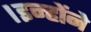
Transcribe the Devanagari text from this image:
।इन्हाेंने